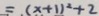
= ( x + 1 ) ^ { 2 } + 2